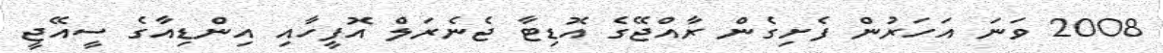
2008 ވަނަ އަހަރުން ފެށިގެން ރާއްޖޭގެ އޮޑިޓާ ޖެނެރަލް އޮފީހާއި އިންޑިއާގެ ސީއޭޖީ